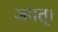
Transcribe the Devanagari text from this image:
जगत्।